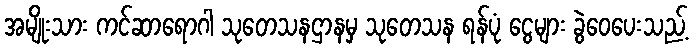
အမျိုးသား ကင်ဆာရောဂါ သုတေသနဌာနမှ သုတေသန ရန်ပုံ ငွေများ ခွဲဝေပေးသည့်